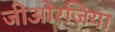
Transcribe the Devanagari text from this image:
जीओरजिया